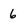
Character: 6